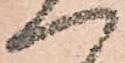
一